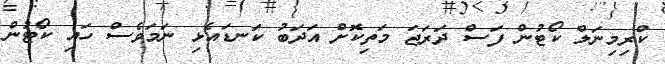
ކްރިމިނަލް ކޯޓުން ފަސް ދަރަޖަ މަތިކޮށް އަދަބު ކަނޑައެޅި ނަމަވެސް ހައި ކޯޓުން